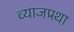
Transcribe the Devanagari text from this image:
व्याजप्रथा